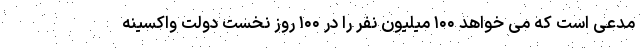
مدعی است که می خواهد ۱۰۰ میلیون نفر را در ۱۰۰ روز نخست دولت واکسینه